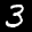
Label: 3